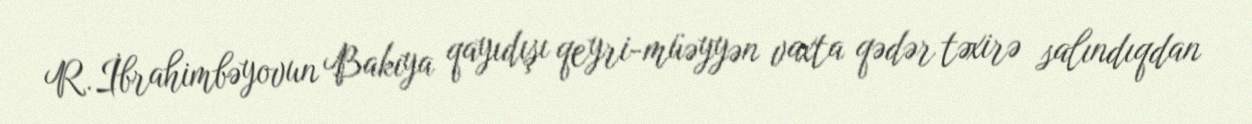
R.İbrahimbəyovun Bakıya qayıdışı qeyri-müəyyən vaxta qədər təxirə salındıqdan